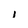
Character: i